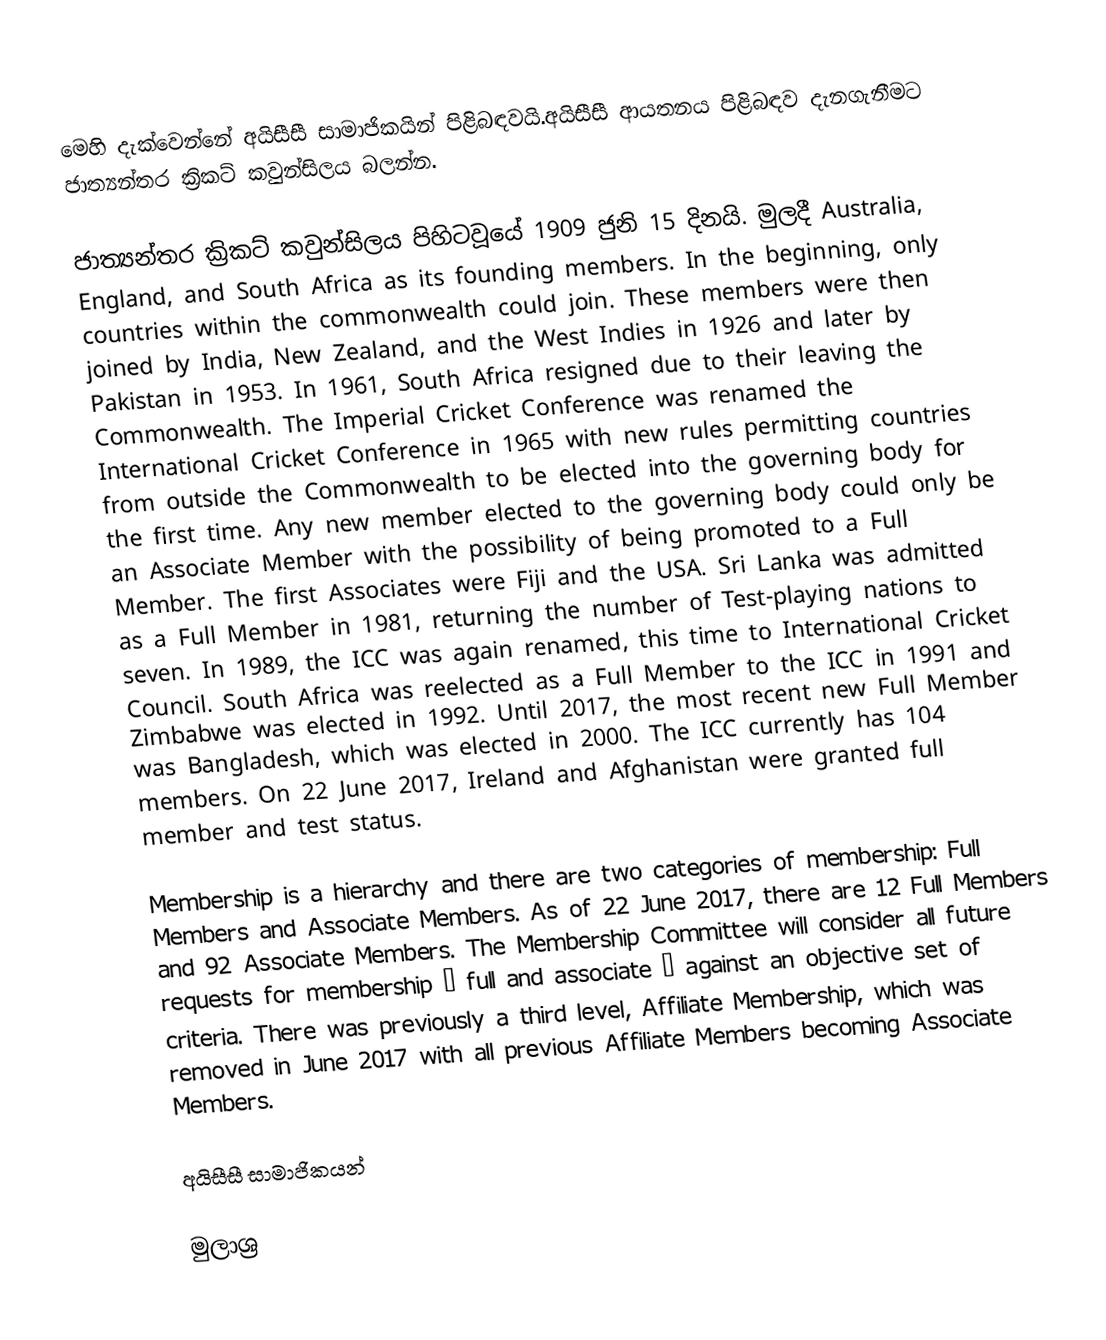
මෙහි දැක්වෙන්නේ අයිසීසී සාමාජිකයින් පිළිබඳවයි.අයිසීසී ආයතනය පිළිබඳව දැනගැනීමට ජාත්‍යන්තර ක්‍රිකට් කවුන්සිලය බලන්න.

ජාත්‍යන්තර ක්‍රිකට් කවුන්සිලය පිහිටවූයේ 1909 ජුනි 15 දිනයි. මුලදී Australia, England, and South Africa as its founding members. In the beginning, only countries within the commonwealth could join. These members were then joined by India, New Zealand, and the West Indies in 1926 and later by Pakistan in 1953. In 1961, South Africa resigned due to their leaving the Commonwealth. The Imperial Cricket Conference was renamed the International Cricket Conference in 1965 with new rules permitting countries from outside the Commonwealth to be elected into the governing body for the first time. Any new member elected to the governing body could only be an Associate Member with the possibility of being promoted to a Full Member. The first Associates were Fiji and the USA. Sri Lanka was admitted as a Full Member in 1981, returning the number of Test-playing nations to seven. In 1989, the ICC was again renamed, this time to International Cricket Council. South Africa was reelected as a Full Member to the ICC in 1991 and Zimbabwe was elected in 1992. Until 2017, the most recent new Full Member was Bangladesh, which was elected in 2000. The ICC currently has 104 members. On 22 June 2017, Ireland and Afghanistan were granted full member and test status.

Membership is a hierarchy and there are two categories of membership: Full Members and Associate Members. As of 22 June 2017, there are 12 Full Members and 92 Associate Members. The Membership Committee  will consider all future requests for membership – full and associate – against an objective set of criteria. There was previously a third level, Affiliate Membership, which was removed in June 2017 with all previous Affiliate Members becoming Associate Members.

අයිසීසී සාමාජිකයන්

මුලාශ්‍ර